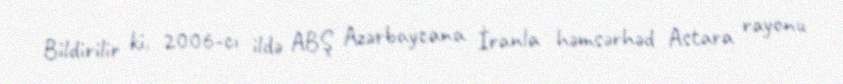
Bildirilir ki, 2006-cı ildə ABŞ Azərbaycana İranla həmsərhəd Astara rayonu